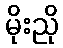
မိုးညို